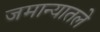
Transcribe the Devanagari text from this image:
जमान्यातले